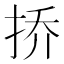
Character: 挢